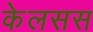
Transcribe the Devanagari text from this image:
केलसस